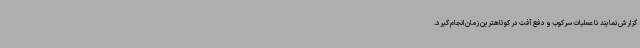
گزارش نمایند تا عملیات سرکوب و دفع آفت در کوتاهترین زمان انجام گیرد.